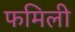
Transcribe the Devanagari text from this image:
फमिली